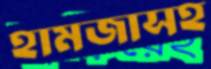
হামজাসহ